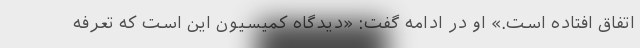
اتفاق افتاده است.» او در ادامه گفت: «دیدگاه کمیسیون این است که تعرفه